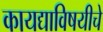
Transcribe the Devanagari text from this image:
कायद्याविषयीचे